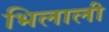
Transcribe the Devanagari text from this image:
भिलाली